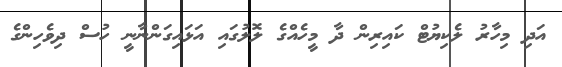
އަދި މިހާރު ލެކިޔުޓް ކައިރިން ދާ މީހެއްގެ ލޮލުގައި އަޅައިގަންނާނީ ހުސް ދިވެހިންގެ